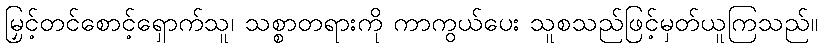
မြှင့်တင်စောင့်ရှောက်သူ၊ သစ္စာတရားကို ကာကွယ်ပေး သူစသည်ဖြင့်မှတ်ယူကြသည်။